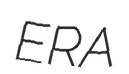
ERA